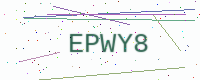
Text: EPWY8